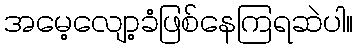
အမေ့လျော့ခံဖြစ်နေကြရဆဲပါ။